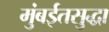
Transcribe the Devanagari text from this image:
मुंबईतसुद्धा